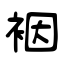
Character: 裀